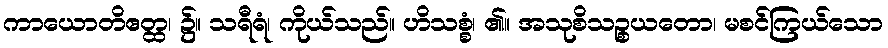
ကာယောတိဧတ္ထ၊ ၌။ သရီရံ၊ ကိုယ်သည်။ ဟိသစ္စံ၊ ၏။ အသုစိသဉ္စယတော၊ မစင်ကြယ်သော